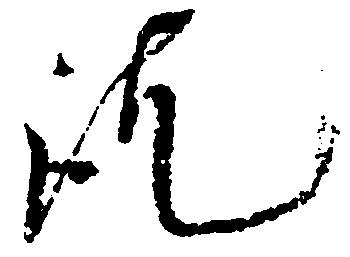
訖